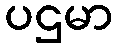
ပဌမာ